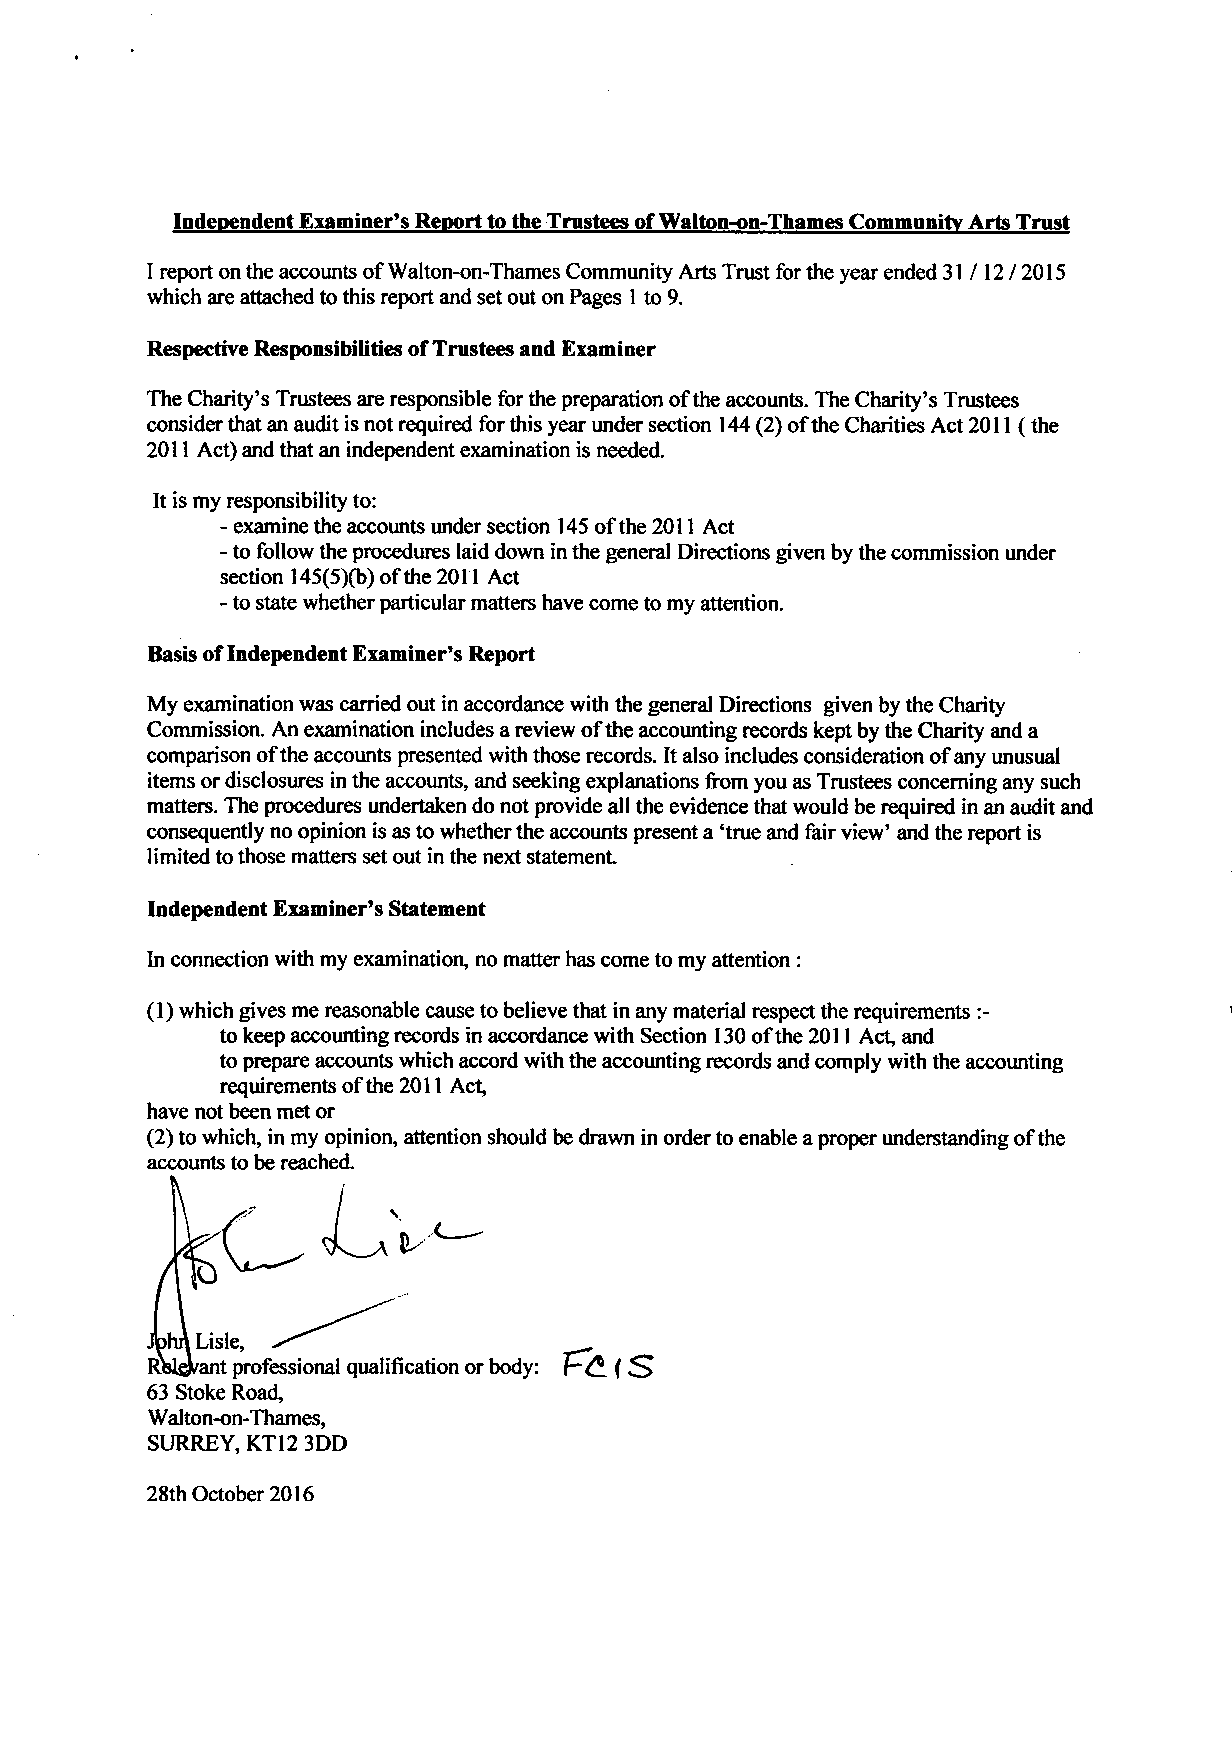
Independent Examiner's Report to the Trustees of Walton-on-Thames Community Arts Trust
 I report on the accounts of Walton-on-Thames Community Arts Trust for the year ended 31/12/2015
 which are attached to this report and set out on Pages 1 to 9.
 Respective Responsibilities of Trustees and Examiner
 The Charity's Trustees are responsible for the preparation of the accounts. The Charity's Trustees
 consider that an audit is not required for this year under section 144 (2) of the Charities Act 2011 (the
 2011 Act) and that an independent examination is needed.
 It is my responsibility to:
 - examine the accounts under section 145 of the 2011 Act
 - to follow the procedures laid down in the general Directions given by the commission under
 section 145(5)(b) ofthe 2011 Act
 - to state whether particular matters have come to my attention.
 Basis of Independent Examiner's Report
 My examination was carried out in accordance with the general Directions given by the Charity
 Commission. An examination includes a review of the accounting records kept by the Charity and a
 comparison of the accounts presented with those records. It also includes consideration of any unusual
 items or disclosures in the accounts, and seeking explanations from you as Trustees conceming any such
 matters. The procedures undertaken do not provide all the evidence that would be required in an audit and
 consequently no opinion is as to whether the accounts present a 'true and fair view' and the report is
 limited to those matters set out in the next statement
 Independent Examiner's Statement
 In connection with my examination, no matter has come to my attention :
 (1) which gives me reasonable cause to believe that in any material respect the requirements :-
 to keep accounting records in accordance with Section 130 of the 2011 Act, and
 to prepare accounts which accord with the accounting records and comply with the accounting
 requirements of the 2011 Act,
 have not been met or
 (2) to which, in my opinion, attention should be drawn in order to enable a proper understanding of the
 accounts to be reached.
 RslejVant professional <
 63 Stoke Road,
 Walton-on-Thames,
 SURREY, KT12 3DD
 28th October 2016